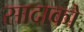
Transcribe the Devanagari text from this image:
सादाको